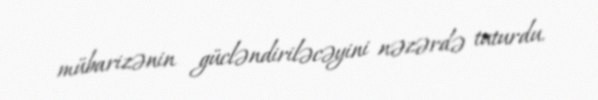
mübarizənin gücləndiriləcəyini nəzərdə tuturdu.